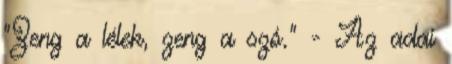
"Zeng a lélek, zeng a szó." - Az adai